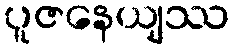
ပူဇနေယျဿ